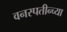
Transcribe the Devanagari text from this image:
वनस्पतीन्च्या